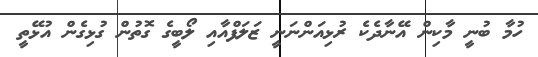
ހުމާ ބުނީ މާކިން އޭނާދެކެ ރުޅިއަންނަނީ ޒަލަފްއާއި ލޯބީގެ ގޮތުން ގުޅިގެން އުޅޭތީ